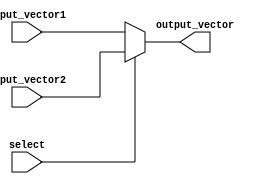
module vector_continuous_assignment #(
    parameter WIDTH = 8  // Parameter for bit width
) (
    input  wire [WIDTH-1:0] input_vector1,  // First input vector
    input  wire [WIDTH-1:0] input_vector2,  // Second input vector (if needed)
    input  wire select,                      // Selector to choose input vector
    output wire [WIDTH-1:0] output_vector    // Output vector
);

// Continuous assignment to output_vector based on the select signal
assign output_vector = (select) ? input_vector2 : input_vector1;

endmodule